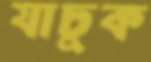
যাচুক